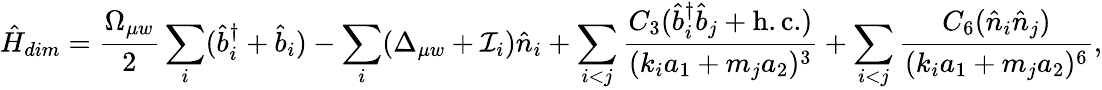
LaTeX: \hat{H}_{dim}=\frac{\Omega_{\mu w}}{2}\sum_{i}(\hat{b}_{i}^{\dagger}+\hat{b}_{i})-\sum_{i}(\Delta_{\mu w}+\mathcal{I}_{i})\hat{n}_{i}+\sum_{i<j}\frac{C_{3}(\hat{b}_{i}^{\dagger}\hat{b}_{j}+\mathrm{h.c.})}{(k_{i}a_{1}+m_{j}a_{2})^{3}}+\sum_{i<j}\frac{C_{6}(\hat{n}_{i}\hat{n}_{j})}{(k_{i}a_{1}+m_{j}a_{2})^{6}},